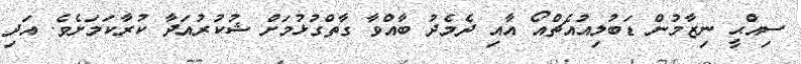
ސިއްޙީ ނިޒާމުން ޑަބުލިއުއެޗްއޯ އާއި ދެމެދު ބާއްވާ ގާތްގުޅުމަށް ޝުކުރުއަދާ ކުރާކަމަށެވެ. އަދި